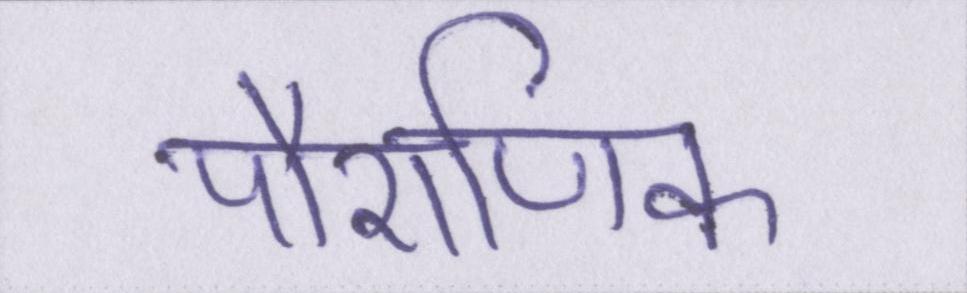
पौराणिक